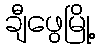
ချီဖွေမြို့